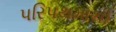
પરિપથમાથી